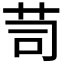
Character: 𦭡